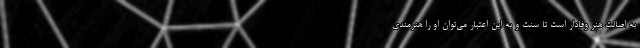
به اصالت هنر وفادار است تا سنت و به این اعتبار می‌توان او را هنرمندی